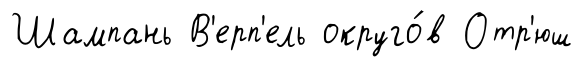
Шампань В'ерп'ель округо́в Отр'юш